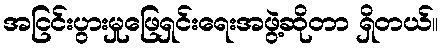
အငြင်းပွားမှုဖြေရှင်းရေးအဖွဲ့ဆိုတာ ရှိတယ်။